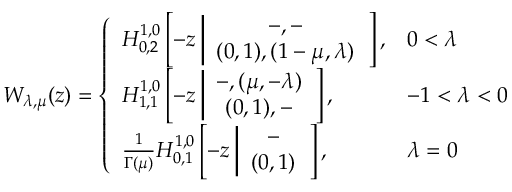
W _ { \lambda , \mu } ( z ) = \left\{ \begin{array} { l l } { H _ { 0 , 2 } ^ { 1 , 0 } \left[ - z \left| \begin{array} { c } { - , - } \\ { ( 0 , 1 ) , ( 1 - \mu , \lambda ) } \end{array} \right. \right] , } & { 0 < \lambda } \\ { H _ { 1 , 1 } ^ { 1 , 0 } \left[ - z \left| \begin{array} { c } { - , ( \mu , - \lambda ) } \\ { ( 0 , 1 ) , - } \end{array} \right. \right] , } & { - 1 < \lambda < 0 } \\ { \frac { 1 } { \Gamma ( \mu ) } H _ { 0 , 1 } ^ { 1 , 0 } \left[ - z \left| \begin{array} { c } { - } \\ { ( 0 , 1 ) } \end{array} \right. \right] , } & { \lambda = 0 } \end{array} \right.